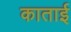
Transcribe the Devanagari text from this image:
काताई